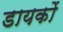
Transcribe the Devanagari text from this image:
डायकों